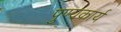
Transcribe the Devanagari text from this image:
पुण्यकार्य